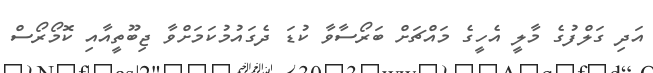
އަދި ގަލްފުގެ މާލީ އެހީގެ މައްޗަށް ބަރޯސާވާ ކުޑަ ދެގައުމުކަމަށްވާ ޖިބޫތީއާއި ކޮމޯރޯސް